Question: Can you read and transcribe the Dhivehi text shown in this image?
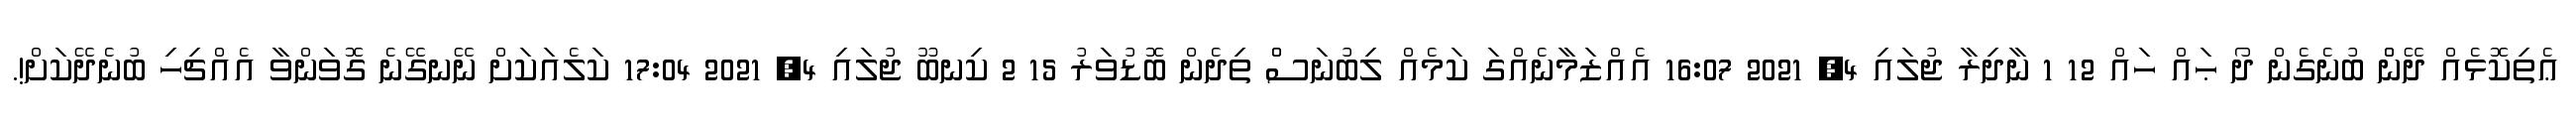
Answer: ޢެތިކޮޅެއް ދޭންް ބުނެގެން ދޯ ޙައް ހައް 12 1 ނާދިރާ ޖުލައި 4, 2021 16:07 އެއްޒަމާނެއްގަ ކަމެއް ލިބުނަސްް ތިދެން ބޮޑުވަރު 15 2 ކިނބޫ ޖުލައި 4, 2021 17:04 ކަލެއަކަށް ނޭނގޭނެ ގޮވަންވާ އެއްޗިހި ބުނެދޭކަށް!.